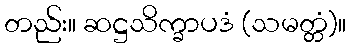
တည်း။ ဆဋ္ဌသိက္ခာပဒံ (သမတ္တံ)။